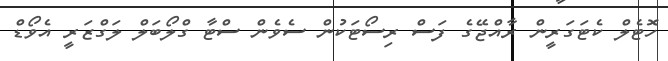
ހޮޓެލް ކެޓަގަރީން ރާއްޖޭގެ ފަސް ރިސޯޓަކުން ސެވެން ސްޓާ ގްލޯބަލް ލަގްޒަރީ އެވޯޑް